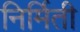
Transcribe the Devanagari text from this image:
निर्मिती